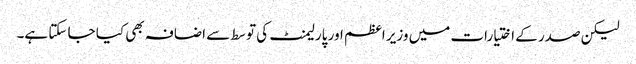
لیکن صدر کے اختیارات میں وزیر اعظم اور پارلیمنٹ کی توسط سے اضافہ بھی کیا جا سکتا ہے۔